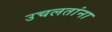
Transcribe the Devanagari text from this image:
उचलतांना